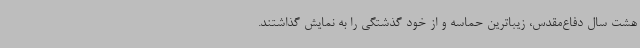
هشت سال دفاع‌مقدس، زیباترین حماسه و از خود گذشتگی را به نمایش گذاشتند.